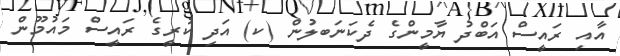
އާއި ރައީސް އަބްދު ޔާމީންގެ ދެކަނަބލުން (ކ) އަދި ކުރީީގެ ރައީސް މައުމޫން